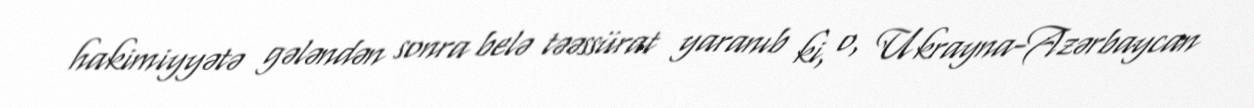
hakimiyyətə gələndən sonra belə təəssürat yaranıb ki, o, Ukrayna-Azərbaycan